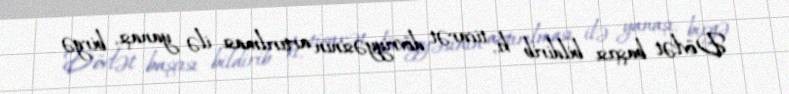
Dövlət başçısı bildirib ki, ticarət dövriyyəsinin artırılması ilə yanaşı, birgə